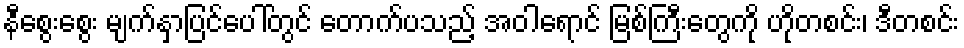
နီစွေးစွေး မျက်နှာပြင်ပေါ်တွင် တောက်ပသည့် အဝါရောင် မြစ်ကြီးတွေကို ဟိုတစင်း၊ ဒီတစင်း